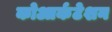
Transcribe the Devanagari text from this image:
कोआर्कटेशन